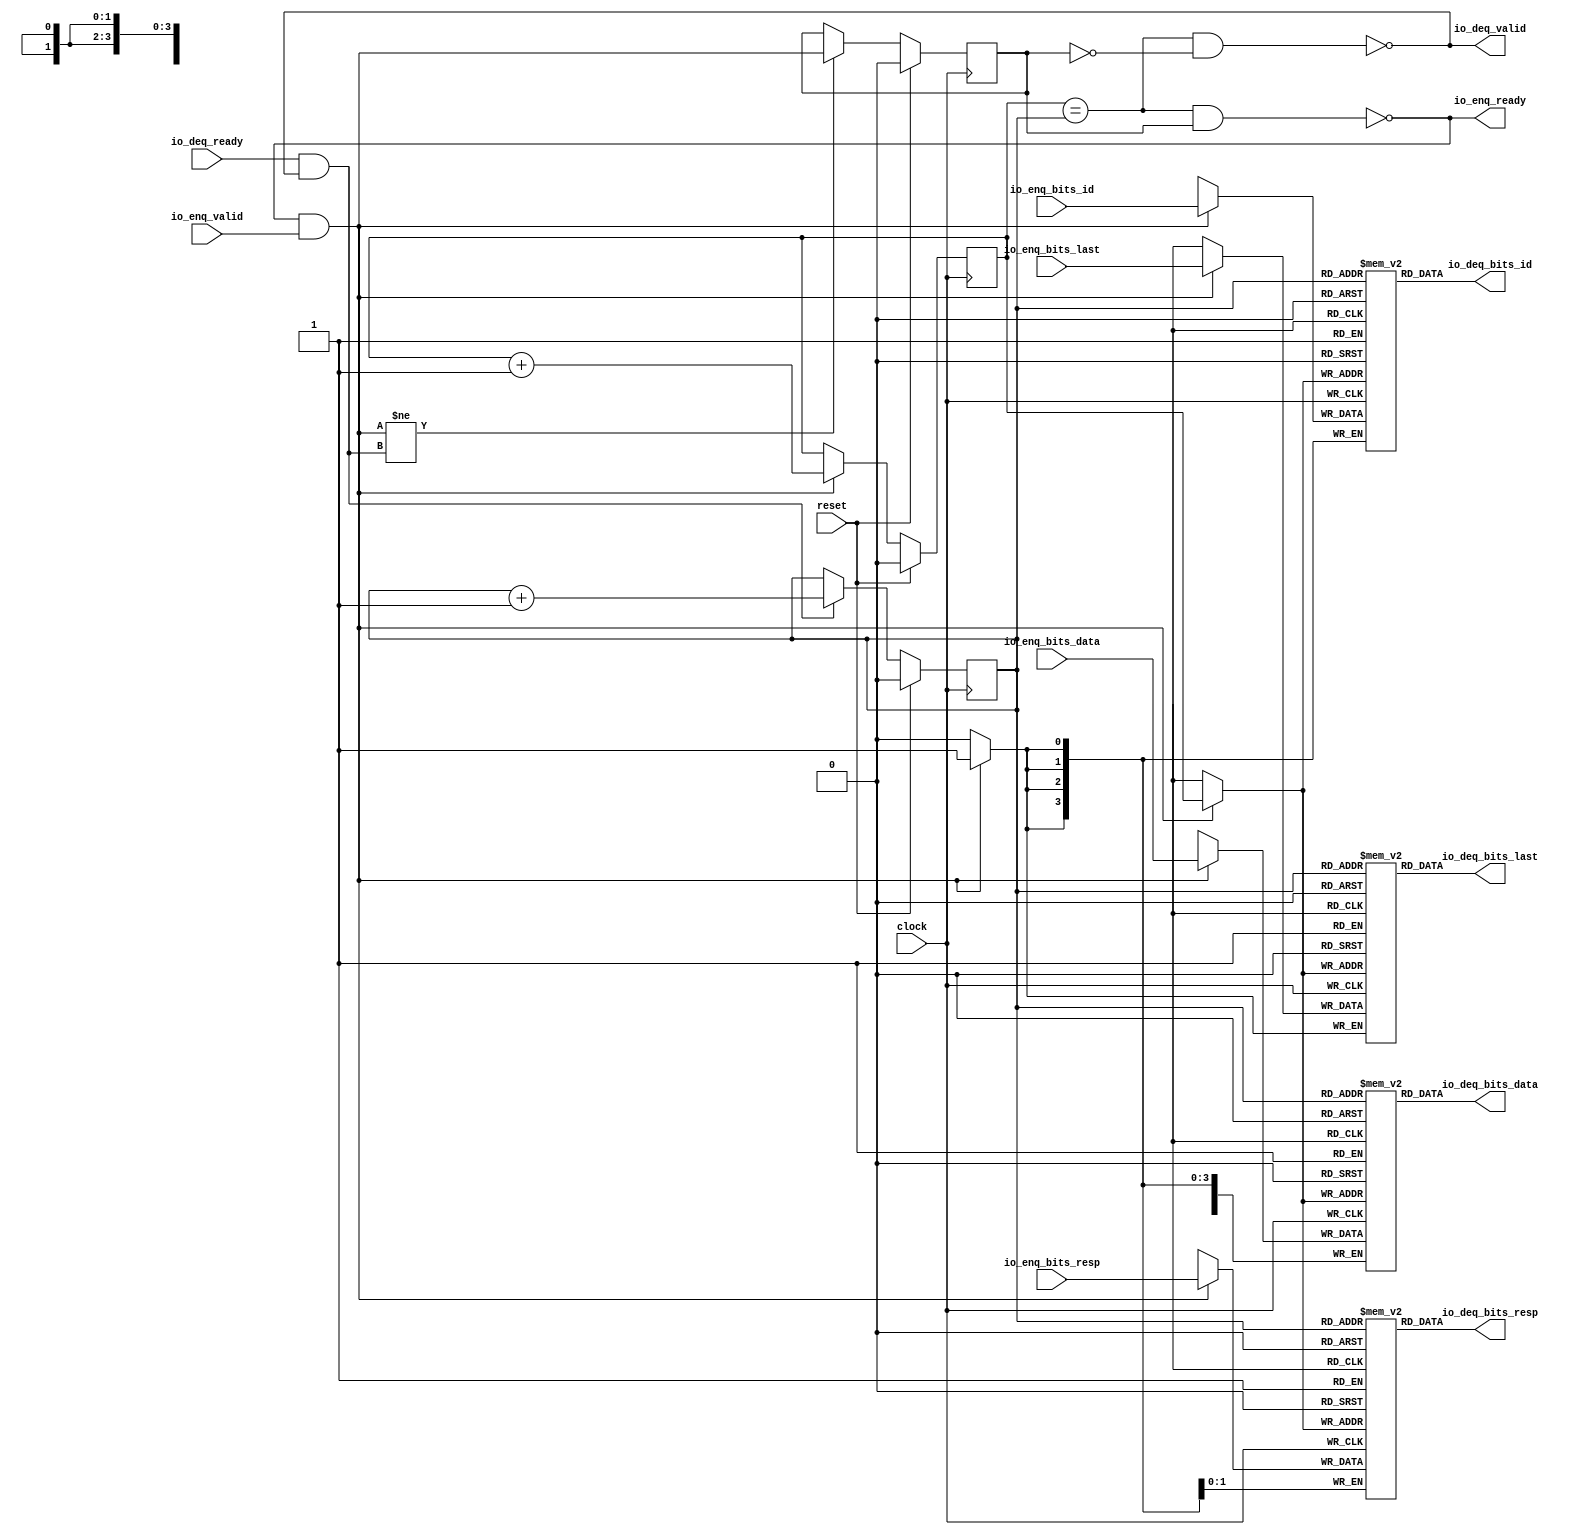
module Queue_4(
  input         clock,
  input         reset,
  output        io_enq_ready,
  input         io_enq_valid,
  input  [3:0]  io_enq_bits_id,
  input  [63:0] io_enq_bits_data,
  input  [1:0]  io_enq_bits_resp,
  input         io_enq_bits_last,
  input         io_deq_ready,
  output        io_deq_valid,
  output [3:0]  io_deq_bits_id,
  output [63:0] io_deq_bits_data,
  output [1:0]  io_deq_bits_resp,
  output        io_deq_bits_last
);
`ifdef RANDOMIZE_MEM_INIT
  reg [31:0] _RAND_0;
  reg [63:0] _RAND_1;
  reg [31:0] _RAND_2;
  reg [31:0] _RAND_3;
`endif // RANDOMIZE_MEM_INIT
`ifdef RANDOMIZE_REG_INIT
  reg [31:0] _RAND_4;
  reg [31:0] _RAND_5;
  reg [31:0] _RAND_6;
`endif // RANDOMIZE_REG_INIT
  reg [3:0] ram_id [0:1]; // @[Decoupled.scala 218:16]
  wire [3:0] ram_id_io_deq_bits_MPORT_data; // @[Decoupled.scala 218:16]
  wire  ram_id_io_deq_bits_MPORT_addr; // @[Decoupled.scala 218:16]
  wire [3:0] ram_id_MPORT_data; // @[Decoupled.scala 218:16]
  wire  ram_id_MPORT_addr; // @[Decoupled.scala 218:16]
  wire  ram_id_MPORT_mask; // @[Decoupled.scala 218:16]
  wire  ram_id_MPORT_en; // @[Decoupled.scala 218:16]
  reg [63:0] ram_data [0:1]; // @[Decoupled.scala 218:16]
  wire [63:0] ram_data_io_deq_bits_MPORT_data; // @[Decoupled.scala 218:16]
  wire  ram_data_io_deq_bits_MPORT_addr; // @[Decoupled.scala 218:16]
  wire [63:0] ram_data_MPORT_data; // @[Decoupled.scala 218:16]
  wire  ram_data_MPORT_addr; // @[Decoupled.scala 218:16]
  wire  ram_data_MPORT_mask; // @[Decoupled.scala 218:16]
  wire  ram_data_MPORT_en; // @[Decoupled.scala 218:16]
  reg [1:0] ram_resp [0:1]; // @[Decoupled.scala 218:16]
  wire [1:0] ram_resp_io_deq_bits_MPORT_data; // @[Decoupled.scala 218:16]
  wire  ram_resp_io_deq_bits_MPORT_addr; // @[Decoupled.scala 218:16]
  wire [1:0] ram_resp_MPORT_data; // @[Decoupled.scala 218:16]
  wire  ram_resp_MPORT_addr; // @[Decoupled.scala 218:16]
  wire  ram_resp_MPORT_mask; // @[Decoupled.scala 218:16]
  wire  ram_resp_MPORT_en; // @[Decoupled.scala 218:16]
  reg  ram_last [0:1]; // @[Decoupled.scala 218:16]
  wire  ram_last_io_deq_bits_MPORT_data; // @[Decoupled.scala 218:16]
  wire  ram_last_io_deq_bits_MPORT_addr; // @[Decoupled.scala 218:16]
  wire  ram_last_MPORT_data; // @[Decoupled.scala 218:16]
  wire  ram_last_MPORT_addr; // @[Decoupled.scala 218:16]
  wire  ram_last_MPORT_mask; // @[Decoupled.scala 218:16]
  wire  ram_last_MPORT_en; // @[Decoupled.scala 218:16]
  reg  value; // @[Counter.scala 60:40]
  reg  value_1; // @[Counter.scala 60:40]
  reg  maybe_full; // @[Decoupled.scala 221:27]
  wire  ptr_match = value == value_1; // @[Decoupled.scala 223:33]
  wire  empty = ptr_match & (~maybe_full); // @[Decoupled.scala 224:25]
  wire  full = ptr_match & maybe_full; // @[Decoupled.scala 225:24]
  wire  do_enq = io_enq_ready & io_enq_valid; // @[Decoupled.scala 40:37]
  wire  do_deq = io_deq_ready & io_deq_valid; // @[Decoupled.scala 40:37]
  wire  _value_T_1 = value + 1'h1; // @[Counter.scala 76:24]
  wire  _value_1_T_1 = value_1 + 1'h1; // @[Counter.scala 76:24]
  wire  _T = do_enq != do_deq; // @[Decoupled.scala 236:16]
  assign ram_id_io_deq_bits_MPORT_addr = value_1;
  assign ram_id_io_deq_bits_MPORT_data = ram_id[ram_id_io_deq_bits_MPORT_addr]; // @[Decoupled.scala 218:16]
  assign ram_id_MPORT_data = io_enq_bits_id;
  assign ram_id_MPORT_addr = value;
  assign ram_id_MPORT_mask = 1'h1;
  assign ram_id_MPORT_en = io_enq_ready & io_enq_valid;
  assign ram_data_io_deq_bits_MPORT_addr = value_1;
  assign ram_data_io_deq_bits_MPORT_data = ram_data[ram_data_io_deq_bits_MPORT_addr]; // @[Decoupled.scala 218:16]
  assign ram_data_MPORT_data = io_enq_bits_data;
  assign ram_data_MPORT_addr = value;
  assign ram_data_MPORT_mask = 1'h1;
  assign ram_data_MPORT_en = io_enq_ready & io_enq_valid;
  assign ram_resp_io_deq_bits_MPORT_addr = value_1;
  assign ram_resp_io_deq_bits_MPORT_data = ram_resp[ram_resp_io_deq_bits_MPORT_addr]; // @[Decoupled.scala 218:16]
  assign ram_resp_MPORT_data = io_enq_bits_resp;
  assign ram_resp_MPORT_addr = value;
  assign ram_resp_MPORT_mask = 1'h1;
  assign ram_resp_MPORT_en = io_enq_ready & io_enq_valid;
  assign ram_last_io_deq_bits_MPORT_addr = value_1;
  assign ram_last_io_deq_bits_MPORT_data = ram_last[ram_last_io_deq_bits_MPORT_addr]; // @[Decoupled.scala 218:16]
  assign ram_last_MPORT_data = io_enq_bits_last;
  assign ram_last_MPORT_addr = value;
  assign ram_last_MPORT_mask = 1'h1;
  assign ram_last_MPORT_en = io_enq_ready & io_enq_valid;
  assign io_enq_ready = ~full; // @[Decoupled.scala 241:19]
  assign io_deq_valid = ~empty; // @[Decoupled.scala 240:19]
  assign io_deq_bits_id = ram_id_io_deq_bits_MPORT_data; // @[Decoupled.scala 242:15]
  assign io_deq_bits_data = ram_data_io_deq_bits_MPORT_data; // @[Decoupled.scala 242:15]
  assign io_deq_bits_resp = ram_resp_io_deq_bits_MPORT_data; // @[Decoupled.scala 242:15]
  assign io_deq_bits_last = ram_last_io_deq_bits_MPORT_data; // @[Decoupled.scala 242:15]
  always @(posedge clock) begin
    if(ram_id_MPORT_en & ram_id_MPORT_mask) begin
      ram_id[ram_id_MPORT_addr] <= ram_id_MPORT_data; // @[Decoupled.scala 218:16]
    end
    if(ram_data_MPORT_en & ram_data_MPORT_mask) begin
      ram_data[ram_data_MPORT_addr] <= ram_data_MPORT_data; // @[Decoupled.scala 218:16]
    end
    if(ram_resp_MPORT_en & ram_resp_MPORT_mask) begin
      ram_resp[ram_resp_MPORT_addr] <= ram_resp_MPORT_data; // @[Decoupled.scala 218:16]
    end
    if(ram_last_MPORT_en & ram_last_MPORT_mask) begin
      ram_last[ram_last_MPORT_addr] <= ram_last_MPORT_data; // @[Decoupled.scala 218:16]
    end
    if (reset) begin // @[Counter.scala 60:40]
      value <= 1'h0; // @[Counter.scala 60:40]
    end else if (do_enq) begin // @[Decoupled.scala 229:17]
      value <= _value_T_1; // @[Counter.scala 76:15]
    end
    if (reset) begin // @[Counter.scala 60:40]
      value_1 <= 1'h0; // @[Counter.scala 60:40]
    end else if (do_deq) begin // @[Decoupled.scala 233:17]
      value_1 <= _value_1_T_1; // @[Counter.scala 76:15]
    end
    if (reset) begin // @[Decoupled.scala 221:27]
      maybe_full <= 1'h0; // @[Decoupled.scala 221:27]
    end else if (_T) begin // @[Decoupled.scala 236:28]
      maybe_full <= do_enq; // @[Decoupled.scala 237:16]
    end
  end
// Register and memory initialization
`ifdef RANDOMIZE_GARBAGE_ASSIGN
`define RANDOMIZE
`endif
`ifdef RANDOMIZE_INVALID_ASSIGN
`define RANDOMIZE
`endif
`ifdef RANDOMIZE_REG_INIT
`define RANDOMIZE
`endif
`ifdef RANDOMIZE_MEM_INIT
`define RANDOMIZE
`endif
`ifndef RANDOM
`define RANDOM $random
`endif
`ifdef RANDOMIZE_MEM_INIT
  integer initvar;
`endif
`ifndef SYNTHESIS
`ifdef FIRRTL_BEFORE_INITIAL
`FIRRTL_BEFORE_INITIAL
`endif
initial begin
  `ifdef RANDOMIZE
    `ifdef INIT_RANDOM
      `INIT_RANDOM
    `endif
    `ifndef VERILATOR
      `ifdef RANDOMIZE_DELAY
        #`RANDOMIZE_DELAY begin end
      `else
        #0.002 begin end
      `endif
    `endif
`ifdef RANDOMIZE_MEM_INIT
  _RAND_0 = {1{`RANDOM}};
  for (initvar = 0; initvar < 2; initvar = initvar+1)
    ram_id[initvar] = _RAND_0[3:0];
  _RAND_1 = {2{`RANDOM}};
  for (initvar = 0; initvar < 2; initvar = initvar+1)
    ram_data[initvar] = _RAND_1[63:0];
  _RAND_2 = {1{`RANDOM}};
  for (initvar = 0; initvar < 2; initvar = initvar+1)
    ram_resp[initvar] = _RAND_2[1:0];
  _RAND_3 = {1{`RANDOM}};
  for (initvar = 0; initvar < 2; initvar = initvar+1)
    ram_last[initvar] = _RAND_3[0:0];
`endif // RANDOMIZE_MEM_INIT
`ifdef RANDOMIZE_REG_INIT
  _RAND_4 = {1{`RANDOM}};
  value = _RAND_4[0:0];
  _RAND_5 = {1{`RANDOM}};
  value_1 = _RAND_5[0:0];
  _RAND_6 = {1{`RANDOM}};
  maybe_full = _RAND_6[0:0];
`endif // RANDOMIZE_REG_INIT
  `endif // RANDOMIZE
end // initial
`ifdef FIRRTL_AFTER_INITIAL
`FIRRTL_AFTER_INITIAL
`endif
`endif // SYNTHESIS
endmodule